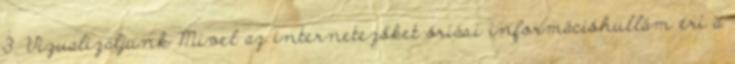
3. Vizualizáljunk Mivel az internetezőket óriási információhullám éri a